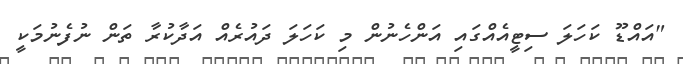
"އައްޑޫ ކަހަލަ ސިޓީއެއްގައި އަންހެނުން މި ކަހަލަ ދައުރެއް އަދާކުރާ ތަން ނުފެނުމަކީ